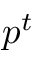
p ^ { t }